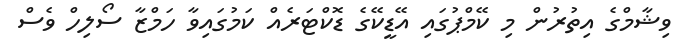
ވިޝާމްގެ އިތުރުން މި ކޭމްޕުގައި އޭޑީކޭގެ ޑޮކްޓަރެއް ކަމުގައިވާ ހަމްޒާ ސޯލިހް ވެސް